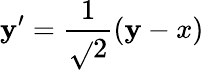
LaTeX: \mathbf{y}^{\prime}=\frac{{1}}{{\sqrt{}{{2}}}}(\mathbf{y}-x)